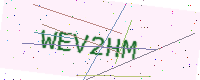
Text: WEV2HM